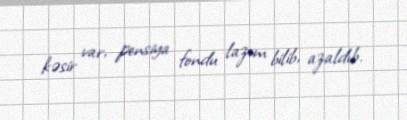
kəsir var, pensiya fondu lazım bilib, azaldıb.